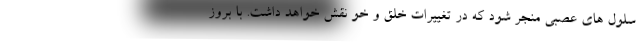
سلول های عصبی منجر شود که در تغییرات خلق و خو نقش خواهد داشت. با بروز